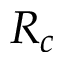
R _ { c }